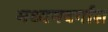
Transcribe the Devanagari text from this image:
मध्यमवर्गास